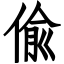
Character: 偸